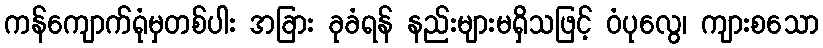
ကန်ကျောက်ရုံမှတစ်ပါး အခြား ခုခံရန် နည်းများမရှိသဖြင့် ဝံပုလွေ၊ ကျားစသော